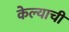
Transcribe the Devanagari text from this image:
केेल्याची